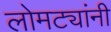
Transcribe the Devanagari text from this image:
लोमट्यांनी